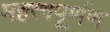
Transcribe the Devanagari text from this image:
महत्वपूर्णण